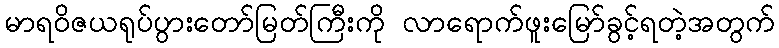
မာရဝိဇယရုပ်ပွားတော်မြတ်ကြီးကို လာရောက်ဖူးမြော်ခွင့်ရတဲ့အတွက်